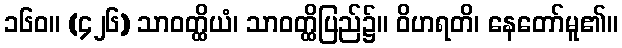
၁၆၀။ (၄၂၆) သာဝတ္ထိယံ၊ သာဝတ္ထိပြည်၌။ ဝိဟရတိ၊ နေတော်မူ၏။